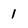
Character: 1